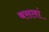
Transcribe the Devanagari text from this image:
बसलां